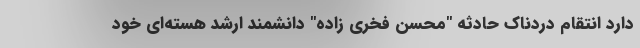
دارد انتقام دردناک حادثه "محسن فخری زاده" دانشمند ارشد هسته‌ای خود